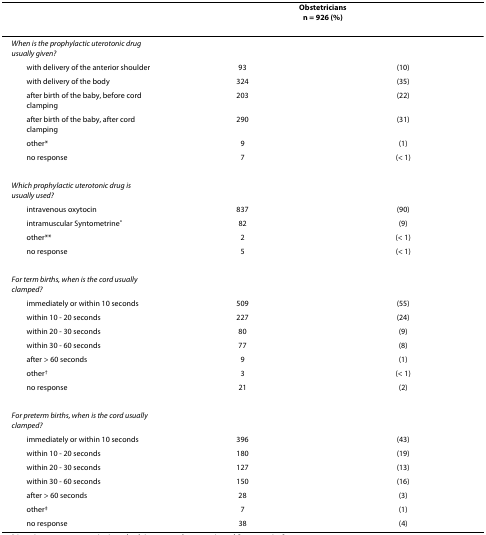
<table><thead><tr><td></td><td colspan="2"><b>Obstetriciansn = 926 (%)</b></td></tr></thead><tbody><tr><td><i>When is the prophylactic uterotonic drug usually given?</i></td><td></td><td></td></tr><tr><td> with delivery of the anterior shoulder</td><td>93</td><td>(10)</td></tr><tr><td> with delivery of the body</td><td>324</td><td>(35)</td></tr><tr><td> after birth of the baby, before cord clamping</td><td>203</td><td>(22)</td></tr><tr><td> after birth of the baby, after cord clamping</td><td>290</td><td>(31)</td></tr><tr><td> other*</td><td>9</td><td>(1)</td></tr><tr><td> no response</td><td>7</td><td>(&lt; 1)</td></tr><tr><td><i>Which prophylactic uterotonic drug is usually used?</i></td><td></td><td></td></tr><tr><td> intravenous oxytocin</td><td>837</td><td>(90)</td></tr><tr><td> intramuscular Syntometrine<sup>®</sup></td><td>82</td><td>(9)</td></tr><tr><td> other**</td><td>2</td><td>(&lt; 1)</td></tr><tr><td> no response</td><td>5</td><td>(&lt; 1)</td></tr><tr><td><i>For term births, when is the cord usually clamped?</i></td><td></td><td></td></tr><tr><td> immediately or within 10 seconds</td><td>509</td><td>(55)</td></tr><tr><td> within 10 - 20 seconds</td><td>227</td><td>(24)</td></tr><tr><td> within 20 - 30 seconds</td><td>80</td><td>(9)</td></tr><tr><td> within 30 - 60 seconds</td><td>77</td><td>(8)</td></tr><tr><td> after &gt; 60 seconds</td><td>9</td><td>(1)</td></tr><tr><td> other<sup>†</sup></td><td>3</td><td>(&lt; 1)</td></tr><tr><td> no response</td><td>21</td><td>(2)</td></tr><tr><td><i>For preterm births, when is the cord usually clamped?</i></td><td></td><td></td></tr><tr><td> immediately or within 10 seconds</td><td>396</td><td>(43)</td></tr><tr><td> within 10 - 20 seconds</td><td>180</td><td>(19)</td></tr><tr><td> within 20 - 30 seconds</td><td>127</td><td>(13)</td></tr><tr><td> within 30 - 60 seconds</td><td>150</td><td>(16)</td></tr><tr><td> after &gt; 60 seconds</td><td>28</td><td>(3)</td></tr><tr><td> other<sup>‡</sup></td><td>7</td><td>(1)</td></tr><tr><td> no response</td><td>38</td><td>(4)</td></tr></tbody></table>